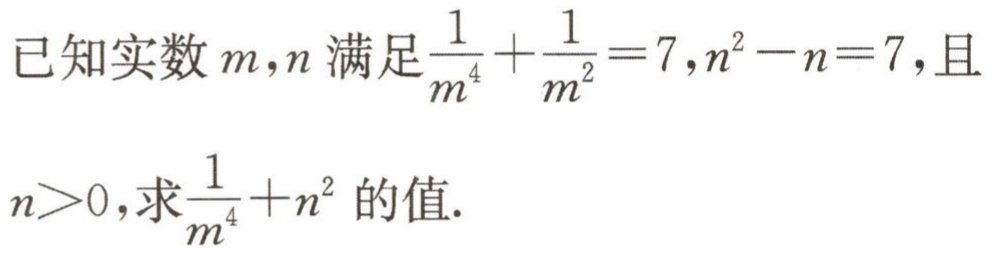
已知实数\(m,n\)满足\(\frac{1}{m^{4}}+\frac{1}{m^{2}} = 7,n^{2}-n = 7\)，且\(n>0\)，求\(\frac{1}{m^{4}}+n^{2}\)的值.